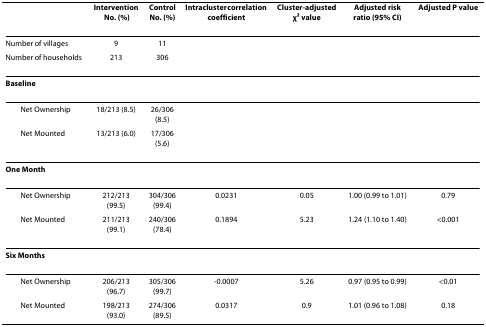
|  | Intervention No. (%) | Control No. (%) | Intracluster correlation coefficient | Cluster-adjusted χ2 value | Adjusted risk ratio (95% CI) | Adjusted P value |
 | --- | --- | --- | --- | --- | --- | --- |
 | Number of villages | 9 | 11 |  |  |  |  |
 | Number of households | 213 | 306 |  |  |  |  |
 | Baseline |  |  |  |  |  |  |
 | Net Ownership | 18/213 (8.5) | 26/306 (8.5) |  |  |  |  |
 | Net Mounted | 13/213 (6.0) | 17/306 (5.6) |  |  |  |  |
 | One Month |  |  |  |  |  |  |
 | Net Ownership | 212/213 (99.5) | 304/306 (99.4) | 0.0231 | 0.05 | 1.00 (0.99 to 1.01) | 0.79 |
 | Net Mounted | 211/213 (99.1) | 240/306 (78.4) | 0.1894 | 5.23 | 1.24 (1.10 to 1.40) | <0.001 |
 | Six Months |  |  |  |  |  |  |
 | Net Ownership | 206/213 (96.7) | 305/306 (99.7) | -0.0007 | 5.26 | 0.97 (0.95 to 0.99) | <0.01 |
 | Net Mounted | 198/213 (93.0) | 274/306 (89.5) | 0.0317 | 0.9 | 1.01 (0.96 to 1.08) | 0.18 |